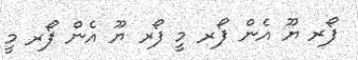
ފޯރ ޔޫ އެން ފޯރ މީ ފޯރ ޔޫ އެން ފޯރ މީ